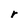
Character: r